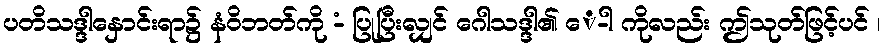
ပတိသဒ္ဒါနှောင်းရာ၌ နံဝိဘတ်ကို -ံ ပြုပြီးလျှင် ဂေါသဒ္ဒါ၏ ေ-ါ ကိုလည်း ဤသုတ်ဖြင့်ပင် ၊